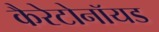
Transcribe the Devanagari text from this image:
कैरेटोनॉयड